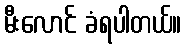
မီးလောင် ခံရပါတယ်။